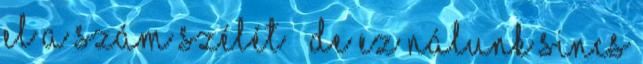
el a szám szélét – De ez nálunk sincs